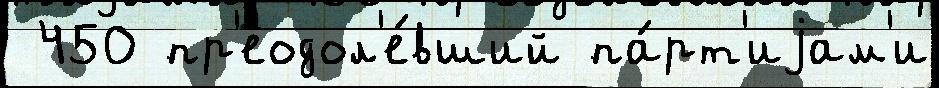
 450 пр'еодол'е́вший па́рт'иjам'и